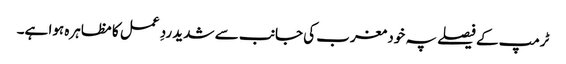
ٹرمپ کے فیصلے پہ خود مغرب کی جانب سے شدید ردِ عمل کا مظاہرہ ہوا ہے۔